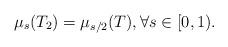
LaTeX: \begin{align*}\mu_s(T_2) = \mu_{s/2}(T), \forall s \in [0,1).\end{align*}